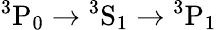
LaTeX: {}^{3}\mathrm{P}_{0}\rightarrow{}^{3}\mathrm{S}_{1}\rightarrow{}^{3}\mathrm{P}_{1}